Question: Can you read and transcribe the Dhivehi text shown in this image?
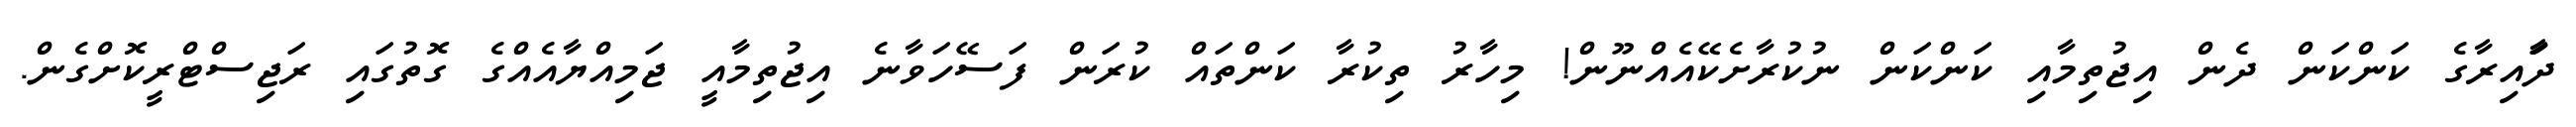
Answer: ދަާއިރާގެ ކަންކަން ދެން އިޖުތިމާއި ކަންކަން ނުކުރާށެކޭއެއްނޫން! މިހާރު ތިކުރާ ކަންތައް ކުރަން ފަސޭހަވާނެ އިޖުތިމާއީ ޖަމިއްޔާއެއްގެ ގޮތުގައި ރަޖިސްޓްރީކޮށްގެން.